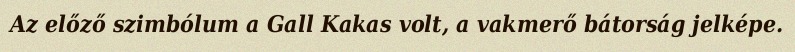
Az előző szimbólum a Gall Kakas volt, a vakmerő bátorság jelképe.